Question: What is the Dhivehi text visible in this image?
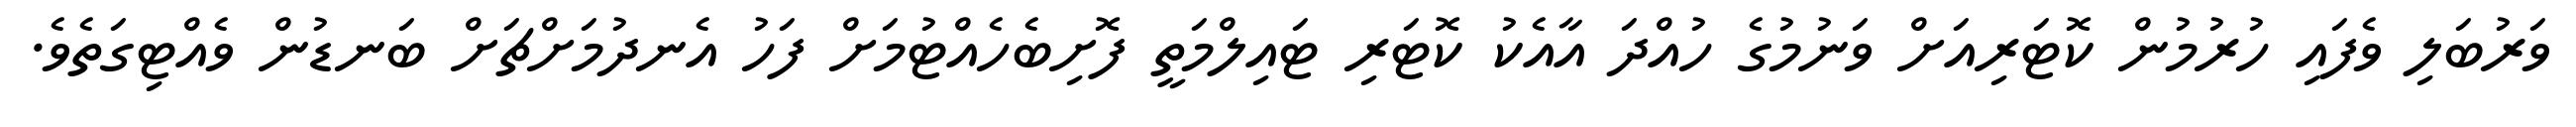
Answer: ވަރުބަލި ވެފައި ހުރުމުން ކޮޓަރިއަށް ވަނުމުގެ ހުއްދަ އާއެކު ކޮޓަރި ޓައިލްމަތީ ފޮށިބެހެއްޓުމަށް ފަހު އެނދުމަށްޗަށް ބަނޑުން ވެއްޓިގަތެވެ.